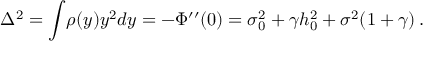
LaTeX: \Delta ^ { 2 } = \int \! \rho ( y ) y ^ { 2 } d y = - \Phi ^ { \prime \prime } ( 0 ) = \sigma _ { 0 } ^ { 2 } + \gamma h _ { 0 } ^ { 2 } + \sigma ^ { 2 } ( 1 + \gamma ) \, .